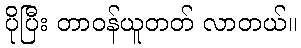
ပိုပြီး တာဝန်ယူတတ် လာတယ်။